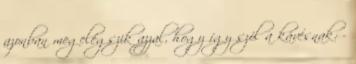
azonban megelégszik azzal, hogy így szól a kávésnak: -